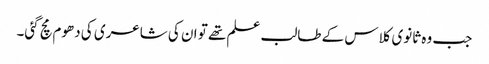
جب وہ ثانوی کلاس کے طالب علم تھے تو ان کی شاعری کی دھوم مچ گئی۔